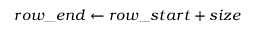
r o w \_ e n d \gets r o w \_ s t a r t + s i z e